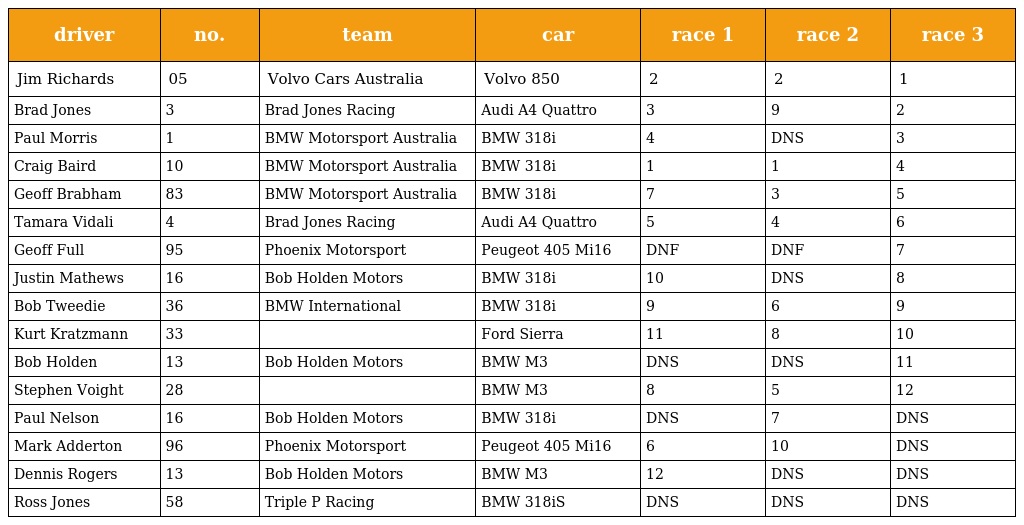
| driver | no. | team | car | race 1 | race 2 | race 3 |
 | --- | --- | --- | --- | --- | --- | --- |
 | Jim Richards | 05 | Volvo Cars Australia | Volvo 850 | 2 | 2 | 1 |
 | Brad Jones | 3 | Brad Jones Racing | Audi A4 Quattro | 3 | 9 | 2 |
 | Paul Morris | 1 | BMW Motorsport Australia | BMW 318i | 4 | DNS | 3 |
 | Craig Baird | 10 | BMW Motorsport Australia | BMW 318i | 1 | 1 | 4 |
 | Geoff Brabham | 83 | BMW Motorsport Australia | BMW 318i | 7 | 3 | 5 |
 | Tamara Vidali | 4 | Brad Jones Racing | Audi A4 Quattro | 5 | 4 | 6 |
 | Geoff Full | 95 | Phoenix Motorsport | Peugeot 405 Mi16 | DNF | DNF | 7 |
 | Justin Mathews | 16 | Bob Holden Motors | BMW 318i | 10 | DNS | 8 |
 | Bob Tweedie | 36 | BMW International | BMW 318i | 9 | 6 | 9 |
 | Kurt Kratzmann | 33 |  | Ford Sierra | 11 | 8 | 10 |
 | Bob Holden | 13 | Bob Holden Motors | BMW M3 | DNS | DNS | 11 |
 | Stephen Voight | 28 |  | BMW M3 | 8 | 5 | 12 |
 | Paul Nelson | 16 | Bob Holden Motors | BMW 318i | DNS | 7 | DNS |
 | Mark Adderton | 96 | Phoenix Motorsport | Peugeot 405 Mi16 | 6 | 10 | DNS |
 | Dennis Rogers | 13 | Bob Holden Motors | BMW M3 | 12 | DNS | DNS |
 | Ross Jones | 58 | Triple P Racing | BMW 318iS | DNS | DNS | DNS |